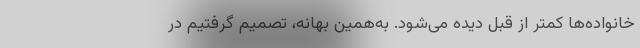
خانواده‌ها کمتر از قبل دیده می‌شود. به‌همین بهانه، تصمیم گرفتیم در